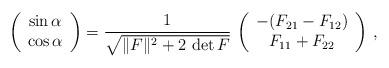
LaTeX: \begin{align*}\left(\begin{array}{c}\sin \alpha \\ \cos \alpha \\ \end{array} \right)=\frac{1}{\sqrt{\|F\|^2+2\, \det F}}\, \left(\begin{array}{c}-(F_{21}-F_{12}) \\ F_{11}+F_{22}\\ \end{array} \right)\,,\end{align*}